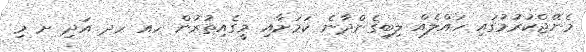
މެނޭޖްކުރުމުގައި ހައްލެއް ލިބިގެންދާނެ ކަމަށާއި މީގެއިތުރުން ހއ ހދ އަދި ށ މި